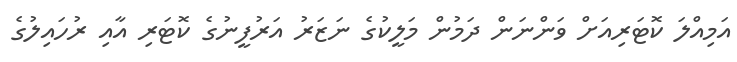
އަމިއްލަ ކޮޓަރިއަށް ވަންނަން ދަމުން މަލީކުގެ ނަޒަރު އަރުފީނުގެ ކޮޓަރި އާއި ރުހައިލުގެ